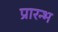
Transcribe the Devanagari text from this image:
प्रारन्भ